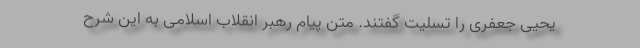
یحیی جعفری را تسلیت گفتند. متن پیام رهبر انقلاب اسلامی به این شرح